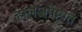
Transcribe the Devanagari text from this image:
हालअपेष्टात